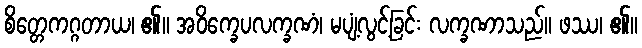
စိတ္တေကဂ္ဂတာယ၊ ၏။ အဝိက္ခေပလက္ခဏံ၊ မပျံ့လွင့်ခြင်း လက္ခဏာသည်။ ဖဿ၊ ၏။